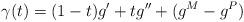
LaTeX: \begin{align*}\gamma(t)=(1-t)g'+t g''+(g^M-g^P)\end{align*}